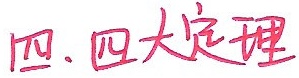
四、四大定理